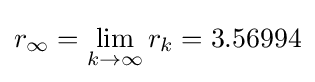
r_{\infty }=\lim _{k\rightarrow \infty }r_{k}=3.56994